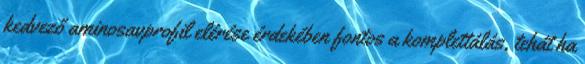
kedvező aminosavprofil elérése érdekében fontos a komplettálás, tehát ha